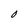
Character: O